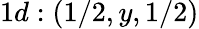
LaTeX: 1d:(1/2,y,1/2)